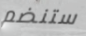
ستنضم